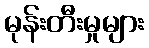
မုန်းတီးမှုများ